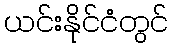
ယင်းနိုင်ငံတွင်